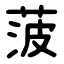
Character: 菠